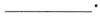
___.